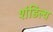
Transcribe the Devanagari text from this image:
शंडिल्य